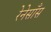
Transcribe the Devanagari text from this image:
रेनेसाँस